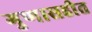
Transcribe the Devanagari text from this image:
गुणासहीत